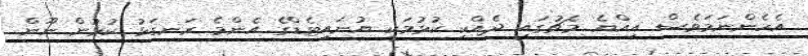
އެހެންނަމަވެސް އިއްޔެ މެޗުގައި ދެއްކި ކުޅުމަކީ ޔުނައިޓެޑްގެ އެންމެ ރަނގަޅު ކުޅުން ނޫން